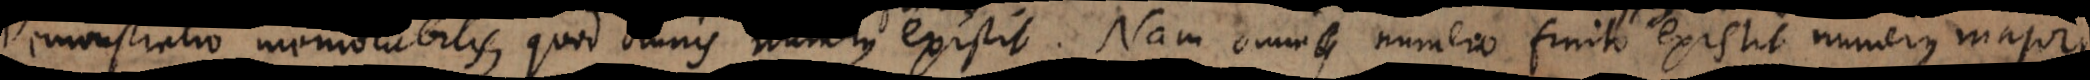
emonstratio memorabilis, quod omnis numerus existit. Nam omni numero finito existit numerus major.